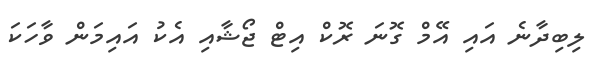
ލިބިދާނެ އައި އޭމް ގޮނަ ރޮކް އިޓް ޖޯޝާއި އެކު އައިމަން ވާހަކަ